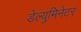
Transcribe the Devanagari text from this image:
डेल्युमिनेटर